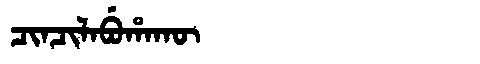
Manchu: ᠴᡳᠨᠴᡳᠯᠠᠪᡠᡥᠠᡴᡡ
Romanization: CINCILABUHAKŪ